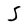
Character: S